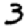
Digit: 3